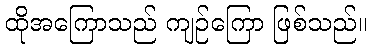
ထိုအကြောသည် ကျဉ်ကြော ဖြစ်သည်။